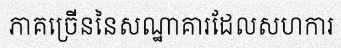
ភាគច្រើននៃសណ្ឋាគារដែលសហការ